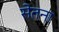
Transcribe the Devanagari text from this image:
सेतना